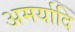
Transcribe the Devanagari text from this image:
अमर्यादि